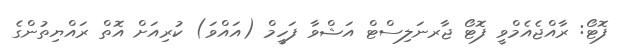
ފޮޓޯ: ރާއްޖެއެމްވީ ފޮޓޯ ޖާރނަލިސްޓް އަޝްވާ ފަހީމް (އައްވަ) ކުރިއަށް އޮތް ރައްޔިތުންގެ